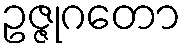
ဥဇ္ဇုဂတော